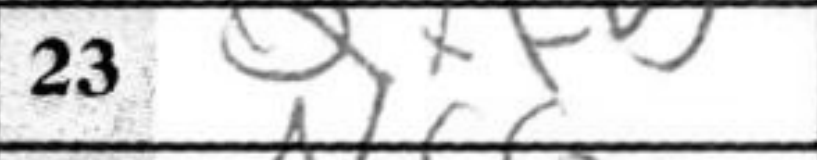
Transcription: Qxf5